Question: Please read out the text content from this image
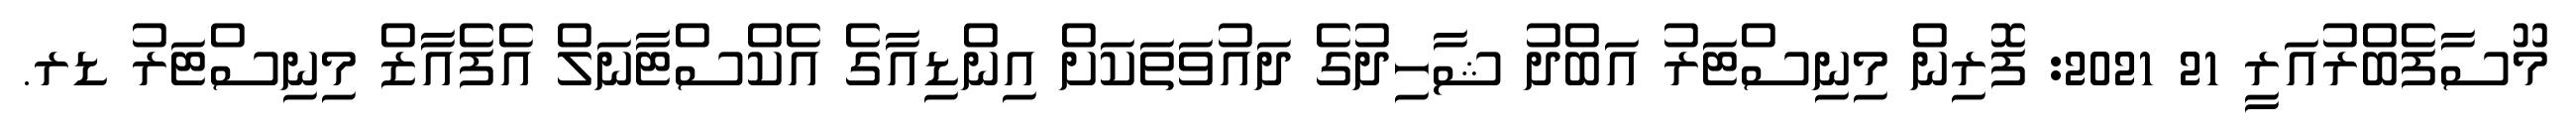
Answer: މޫސާފެބްރުއަރީ 21 2021: ފޮރިން މިނިސްޓަރު އަބްދު ޝާހިދުގެ ދައުވަތަކަށް އިންޑިއާގެ އެކްސްޓާނަލް އެފެއާޒް މިނިސްޓަރު ޑރ.